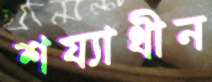
শয্যাধীন